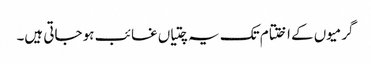
گرمیوں کے اختتام تک یہ چتیاں غائب ہو جاتی ہیں۔